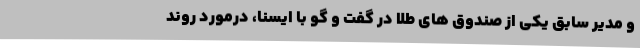
و مدیر سابق یکی از صندوق های طلا در گفت و گو با ایسنا، درمورد روند